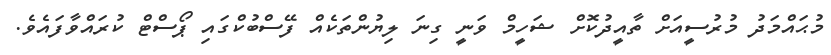
މުޙައްމަދު މުރުސީއަށް ތާއީދުކޮށް ޝަހީމް ވަނީ ގިނަ ލިޔުންތަކެއް ފޭސްބުކްގައި ޕޯސްޓް ކުރައްވާފައެވެ.